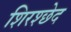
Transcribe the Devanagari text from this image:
शिरश्छेद